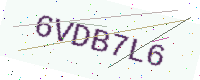
Text: 6VDB7L6